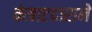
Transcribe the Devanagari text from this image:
कंत्राटदाराने